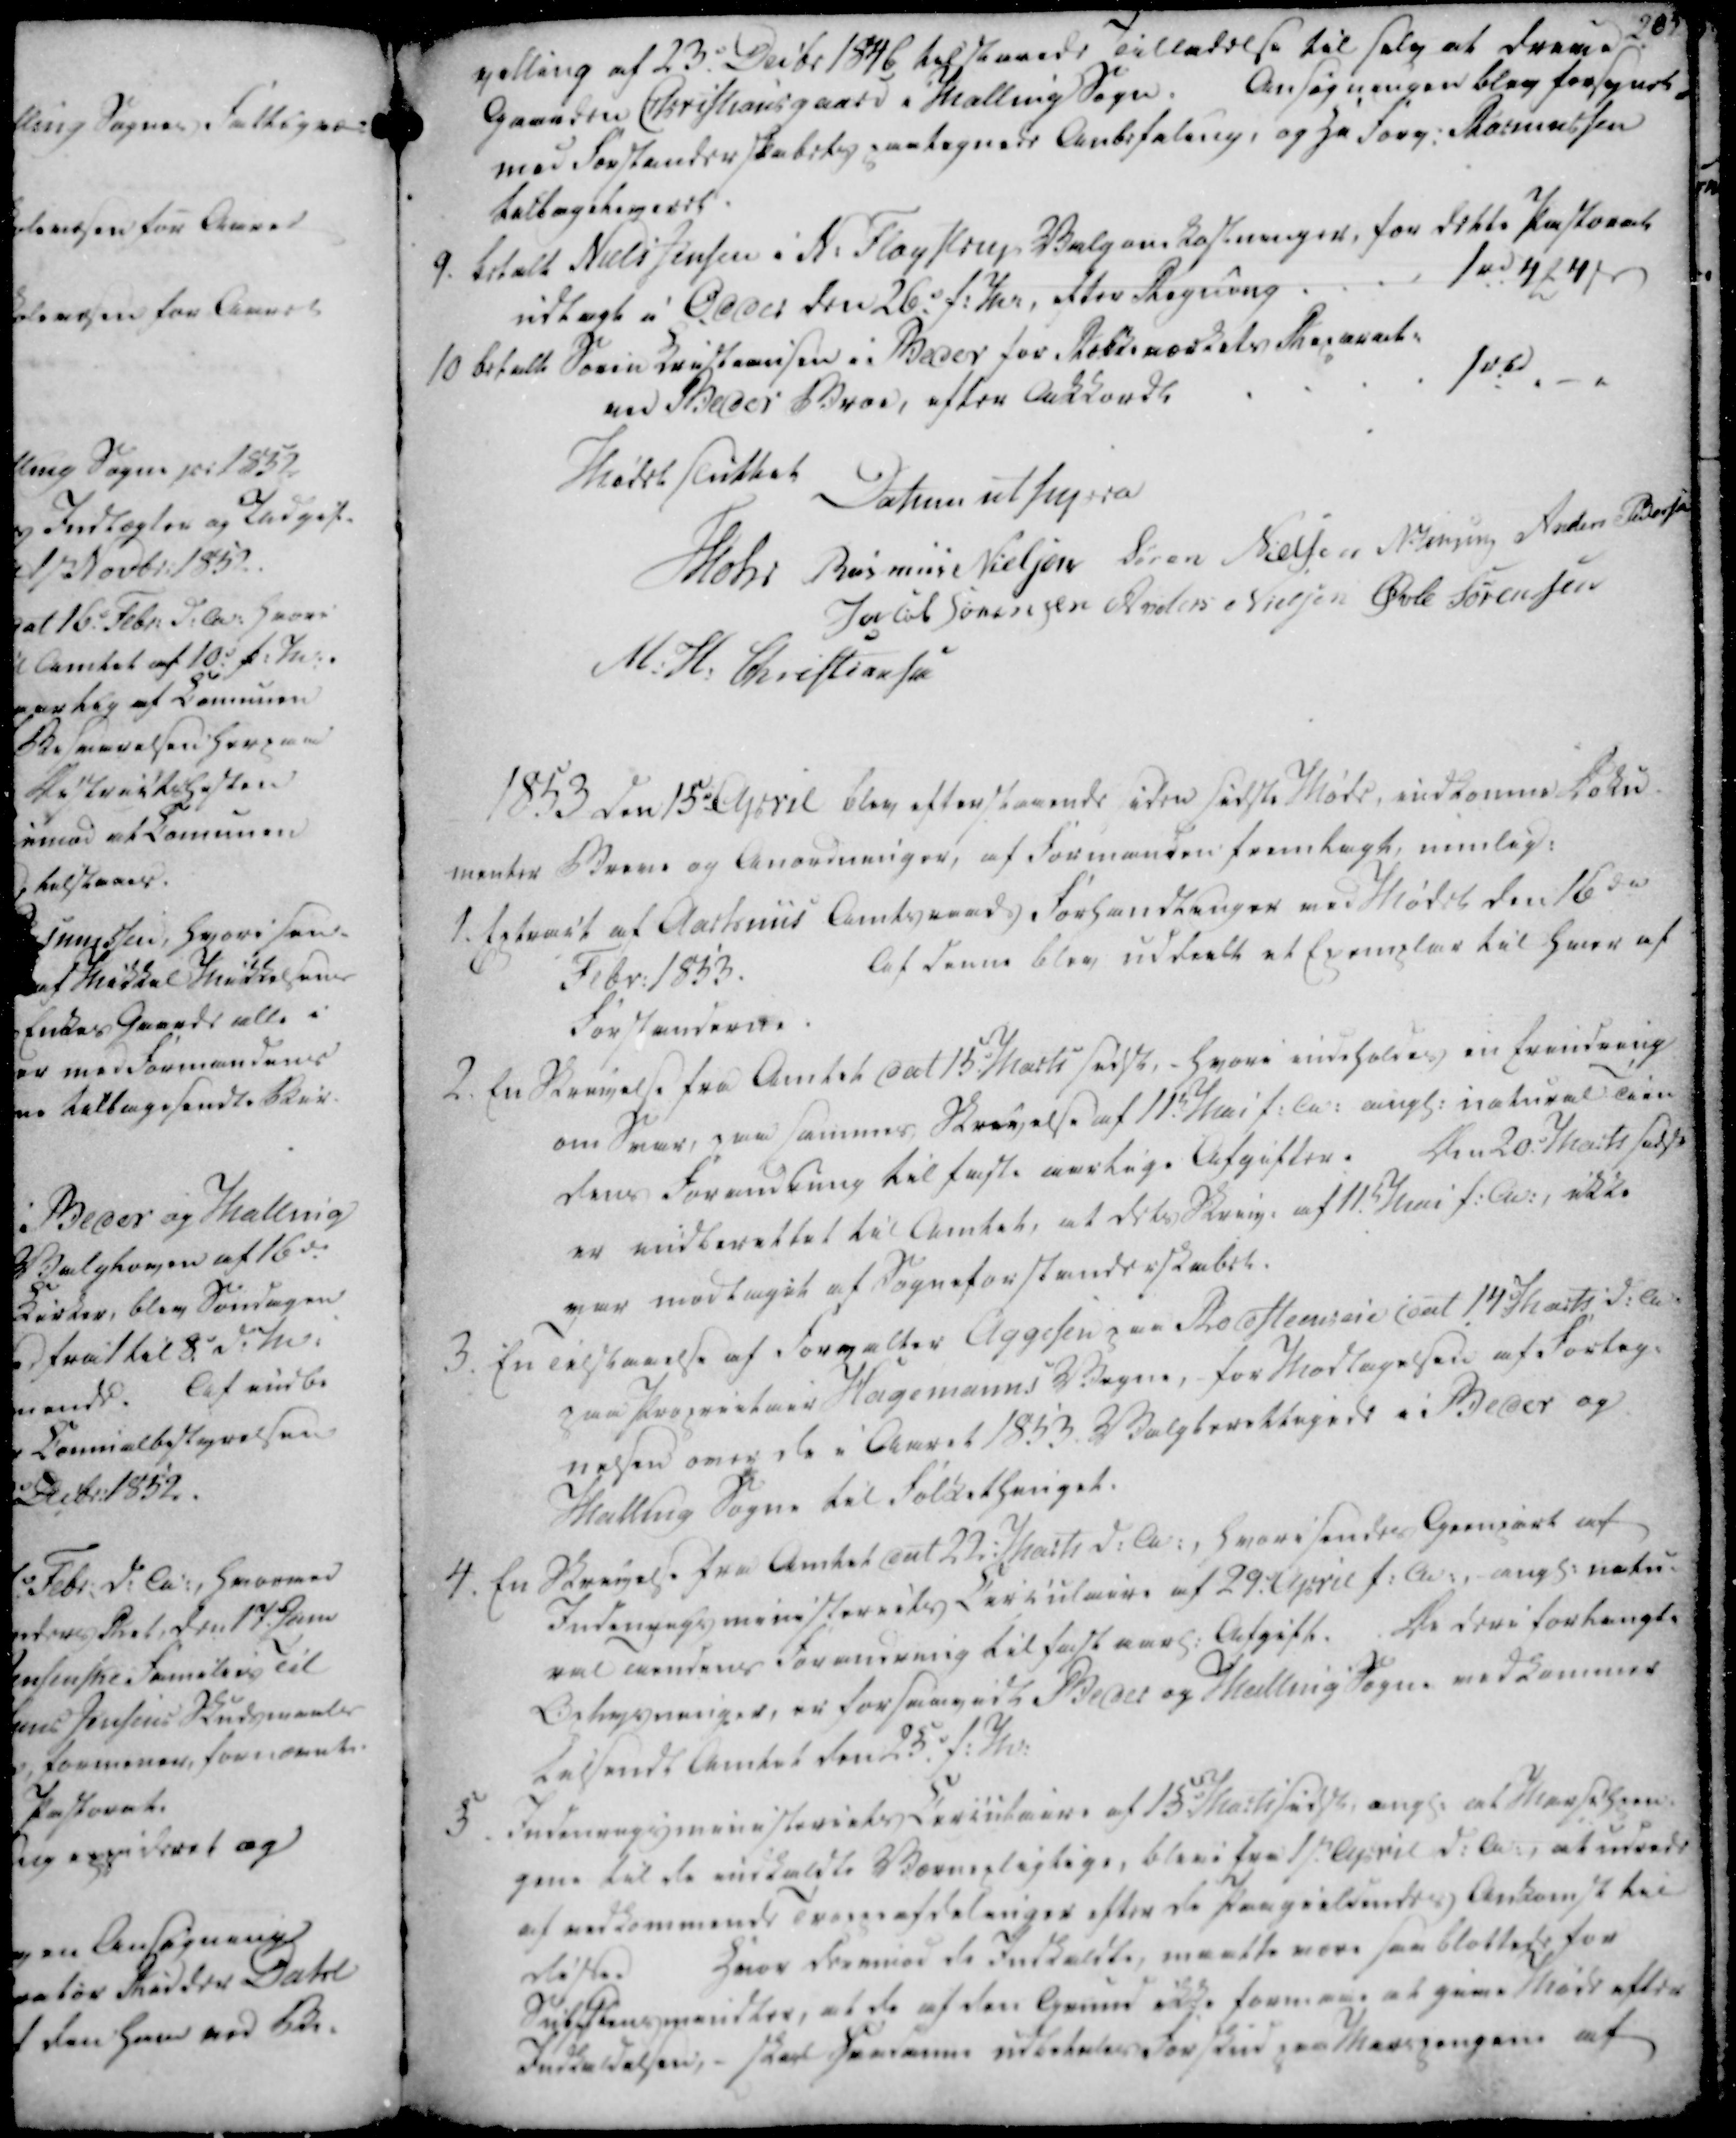
Transskription:
villing af 23. Decbr 1846 tilstaaede Tilladelse til selv at drene

Gaarden Christiansgaard i Malling Sogn.

Ansøgningen blev forsynet

med Forstanderskabets paategnede Anbefaling, og Hr Forv. Rasmussen

tilbageleveret.

villing af 23. Decbr 1846 tilstaaede Tilladelse til selv at drene
Gaarden Christiansgaard i Malling Sogn.
Ansøgningen blev forsynet
med Forstanderskabets paategnede Anbefaling, og Hr Forv. Rasmussen
tilbageleveret.

9. betalt Niels Jensen i N. Fløystrup Valgomkostninger, for dette Pastorat

udlagt i Odder den 26. f.M., efter Regning

1 rd 4 ₻ 4 ẞ

10 betalt Søren Kristiansen i Beder for Stokkemærkets Reparat:

ved Beder Broe, efter Akkordl

1 rbd

9. betalt Niels Jensen i N. Fløystrup Valgomkostninger, for dette Pastorat
udlagt i Odder den 26. f.M., efter Regning
1 rd 4 ₻ 4 ẞ
10 betalt Søren Kristiansen i Beder for Stokkemærkets Reparat:
ved Beder Broe, efter Akkordl
1 rbd

Mødet sluttet

Datum ut supra

Mohr

Rasmus Nielsen

Søren Nielsen

N. Jensen

Anders Pedersen

Jacob Sørensen

Anders Nielsen

Øvle Sørensen

M. H. Christiansen

Mødet sluttet
Datum ut supra
Mohr
Rasmus Nielsen
Søren Nielsen
N. Jensen
Anders Pedersen
Jacob Sørensen
Anders Nielsen
Øvle Sørensen
M. H. Christiansen

1853 den 15d April blev efterstaaende siden sidste Møde, indkomne Doku-

menter Breve og Anordninger, af Formanden fremlagt, nemlig:

1853 den 15d April blev efterstaaende siden sidste Møde, indkomne Doku-
menter Breve og Anordninger, af Formanden fremlagt, nemlig:

1. Extract af Aarhuus Amtsraads Forhandlinger ved Mødet den 16de

Febr. 1853.

Af denne blev uddeelt et Exemplar til hver af

Forstanderne.

2. En Skrivelse fra Amtet dat 15. Marts sidst, - hvori indholdes en Erindring

om Svar, paa sammes Skrivelse af 11t. Mai f.A. angl. natural Tien

dens Forandring til faste aarlige Afgifter.

Den 20. Marts sidst

er indberettet til Amtet, at dets Skriv. af 11t Mai f.A., ikke

var modtaget at Sogneforstanderskabet.

3. En Tilstaaelse af Forvalter Aggesen paa Rodflemsin dat 14 Marts d.A.

paa Proprietair Hagemanns Vegne, for Modtagelsen af Forteg-

nelsen over de i Aaret 1853. Valgberettigede i Beder og

Malling Sogne til Folkethinget.

1. Extract af Aarhuus Amtsraads Forhandlinger ved Mødet den 16de
Febr. 1853.
Af denne blev uddeelt et Exemplar til hver af
Forstanderne.
2. En Skrivelse fra Amtet dat 15. Marts sidst, - hvori indholdes en Erindring
om Svar, paa sammes Skrivelse af 11t. Mai f.A. angl. natural Tien
dens Forandring til faste aarlige Afgifter.
Den 20. Marts sidst
er indberettet til Amtet, at dets Skriv. af 11t Mai f.A., ikke
var modtaget at Sogneforstanderskabet.
3. En Tilstaaelse af Forvalter Aggesen paa Rodflemsin dat 14 Marts d.A.
paa Proprietair Hagemanns Vegne, for Modtagelsen af Forteg-
nelsen over de i Aaret 1853. Valgberettigede i Beder og
Malling Sogne til Folkethinget.

4. En Skrivelse fra Amtet dat 22. Marts d.A., hvori sendes Gienpart af

Indenrigsministeriets Circulaire af 29. April f.A. angl. natu-

ral Tiendens Forandring til fast aarl. Afgift. De deri forlangte

Oplysninger, er for saavidt Beder og Malling Sogne vedkommer

tilsendt Amtet den 25. f.M.

5. Indenrigsministeriets Circulaire af 15. Marts sidst. angl. at Marschpen-

gene til de indkaldte Værnepligtige, blive fra 1st. April d.A., at udrede

af vedkommende Troppeafdelinger efter de Paagieldendes Ankomst til

disse.

Hvor derimod de Indkaldte, maatte være som blottede for

Substansmiedler, at de af den Grund ikke formaae at give Møde efter

Indkaldelsen, - skal Saadanne udbetales Forskud paa Marspengene af

4. En Skrivelse fra Amtet dat 22. Marts d.A., hvori sendes Gienpart af
Indenrigsministeriets Circulaire af 29. April f.A. angl. natu-
ral Tiendens Forandring til fast aarl. Afgift. De deri forlangte
Oplysninger, er for saavidt Beder og Malling Sogne vedkommer
tilsendt Amtet den 25. f.M.
5. Indenrigsministeriets Circulaire af 15. Marts sidst. angl. at Marschpen-
gene til de indkaldte Værnepligtige, blive fra 1st. April d.A., at udrede
af vedkommende Troppeafdelinger efter de Paagieldendes Ankomst til
disse.
Hvor derimod de Indkaldte, maatte være som blottede for
Substansmiedler, at de af den Grund ikke formaae at give Møde efter
Indkaldelsen, - skal Saadanne udbetales Forskud paa Marspengene af